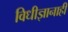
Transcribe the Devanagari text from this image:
विधीज्ञानाही